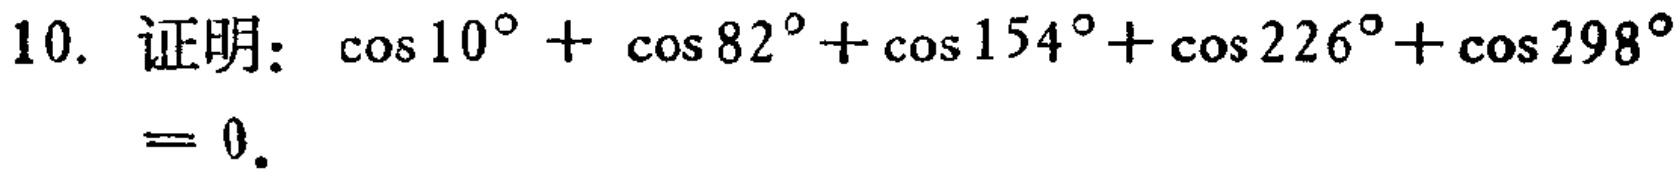
10. 证明：\(\cos10^{\circ}+\cos82^{\circ}+\cos154^{\circ}+\cos226^{\circ}+\cos298^{\circ}=0\)